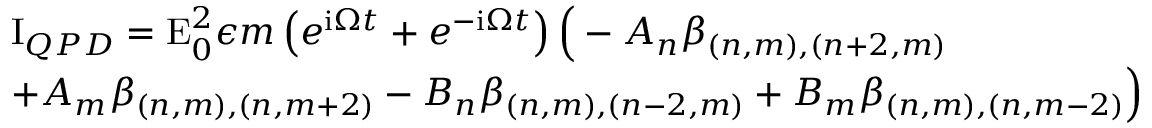
\begin{array} { r l } & { \mathrm { I } _ { Q P D } = \mathrm { E } _ { 0 } ^ { 2 } \epsilon m \left( e ^ { \mathrm { i } \Omega t } + e ^ { - \mathrm { i } \Omega t } \right) \Big ( - A _ { n } \beta _ { ( n , m ) , ( n + 2 , m ) } } \\ & { + A _ { m } \beta _ { ( n , m ) , ( n , m + 2 ) } - B _ { n } \beta _ { ( n , m ) , ( n - 2 , m ) } + B _ { m } \beta _ { ( n , m ) , ( n , m - 2 ) } \Big ) } \end{array}